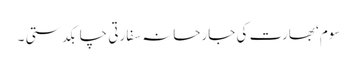
سوم‘ بھارت کی جارحانہ سفارتی چابکدستی ۔